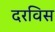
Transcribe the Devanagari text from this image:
दरविस